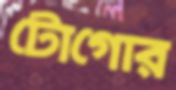
টোগোর